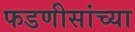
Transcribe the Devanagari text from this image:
फडणीसांच्या